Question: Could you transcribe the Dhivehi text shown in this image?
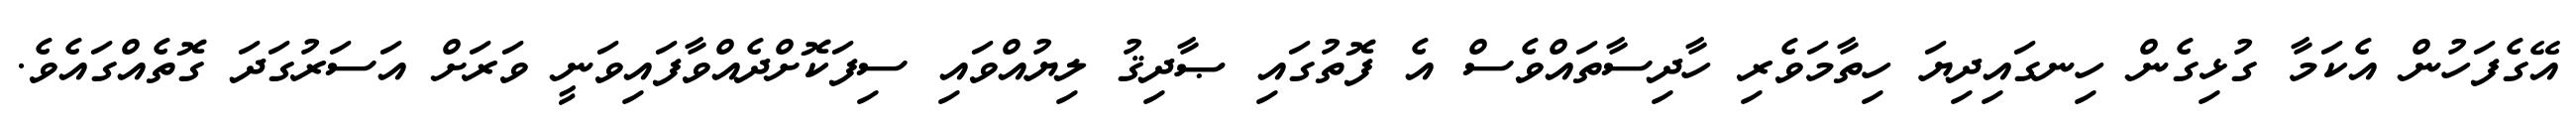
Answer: އޭގެފަހުން އެކަމާ ގުޅިގެން ހިނގައިދިޔަ ހިތާމަވެރި ހާދިސާތައްވެސް އެ ފޮތުގައި ޞާދިޤު ލިޔުއްވައި ސިފަކޮށްދެއްވާފައިވަނީ ވަރަށް އަސަރުގަދަ ގޮތެއްގައެވެ.